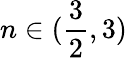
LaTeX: n\in(\frac 32,3)